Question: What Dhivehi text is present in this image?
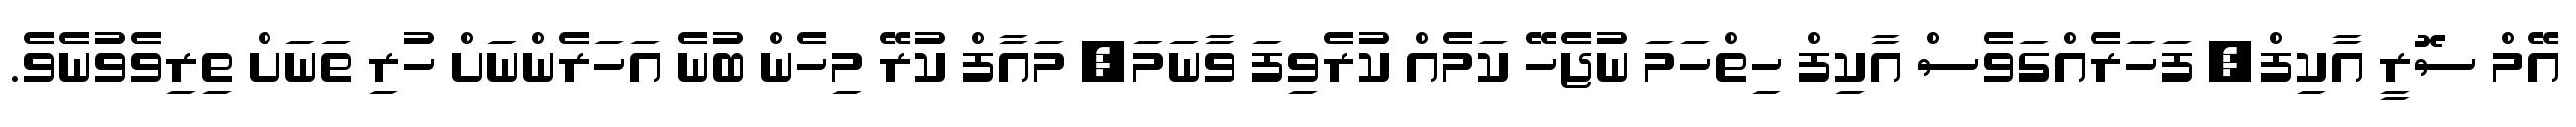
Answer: އޭމް ސޮރީ އާކިފް, ފަހަރެއްގަވެސް އާކިފް ހިތްހަމަ ނުޖެހޭ ކަމެއް ކުރެވިފަ ވާނަމަ, މައާފް ކުރޭ މިހެން ބުނެ އަހަރެންނަށް ހުރި ތަނަށް ތިރިވެވުނެވެ.